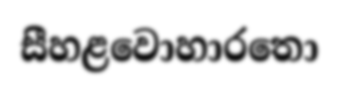
සීහළවොහාරතො